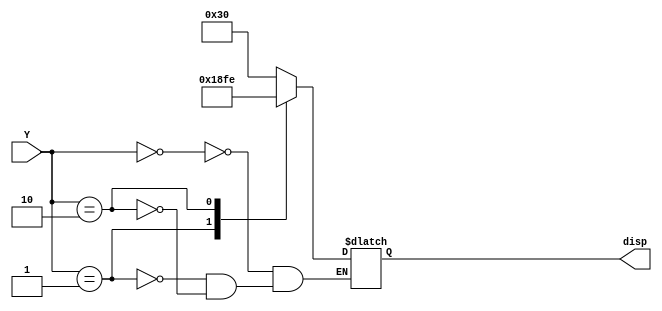
module BCD_display2(Y,disp);
input [3:0]Y;
output reg [6:0]disp;
always @(Y)
begin
case(Y)
0:disp=7'b0110000;   // e
1:disp=7'b0110001;   //c
2:disp=7'b1111110;   //-
endcase
end
endmodule